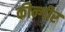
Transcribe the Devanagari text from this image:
कीन्गीर